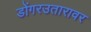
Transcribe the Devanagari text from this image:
डोंगरउतारावर